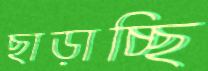
ছাড়াচ্ছি